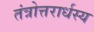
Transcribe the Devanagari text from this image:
तंत्रोत्तरार्धस्य